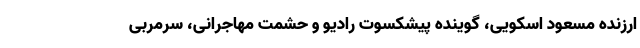
ارزنده مسعود اسکویی، گوینده پیشکسوت رادیو و حشمت مهاجرانی، سرمربی